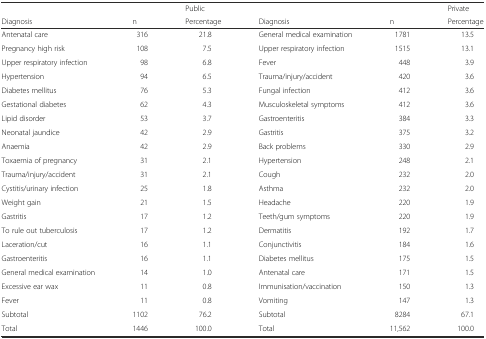
|  |  | Public |  |  | Private |
 | Diagnosis | n | Percentage | Diagnosis | n | Percentage |
 | --- | --- | --- | --- | --- | --- |
 | Antenatal care | 316 | 21.8 | General medical examination | 1781 | 13.5 |
 | Pregnancy high risk | 108 | 7.5 | Upper respiratory infection | 1515 | 13.1 |
 | Upper respiratory infection | 98 | 6.8 | Fever | 448 | 3.9 |
 | Hypertension | 94 | 6.5 | Trauma/injury/accident | 420 | 3.6 |
 | Diabetes mellitus | 76 | 5.3 | Fungal infection | 412 | 3.6 |
 | Gestational diabetes | 62 | 4.3 | Musculoskeletal symptoms | 412 | 3.6 |
 | Lipid disorder | 53 | 3.7 | Gastroenteritis | 384 | 3.3 |
 | Neonatal jaundice | 42 | 2.9 | Gastritis | 375 | 3.2 |
 | Anaemia | 42 | 2.9 | Back problems | 330 | 2.9 |
 | Toxaemia of pregnancy | 31 | 2.1 | Hypertension | 248 | 2.1 |
 | Trauma/injury/accident | 31 | 2.1 | Cough | 232 | 2.0 |
 | Cystitis/urinary infection | 25 | 1.8 | Asthma | 232 | 2.0 |
 | Weight gain | 21 | 1.5 | Headache | 220 | 1.9 |
 | Gastritis | 17 | 1.2 | Teeth/gum symptoms | 220 | 1.9 |
 | To rule out tuberculosis | 17 | 1.2 | Dermatitis | 192 | 1.7 |
 | Laceration/cut | 16 | 1.1 | Conjunctivitis | 184 | 1.6 |
 | Gastroenteritis | 16 | 1.1 | Diabetes mellitus | 175 | 1.5 |
 | General medical examination | 14 | 1.0 | Antenatal care | 171 | 1.5 |
 | Excessive ear wax | 11 | 0.8 | Immunisation/vaccination | 150 | 1.3 |
 | Fever | 11 | 0.8 | Vomiting | 147 | 1.3 |
 | Subtotal | 1102 | 76.2 | Subtotal | 8284 | 67.1 |
 | Total | 1446 | 100.0 | Total | 11,562 | 100.0 |